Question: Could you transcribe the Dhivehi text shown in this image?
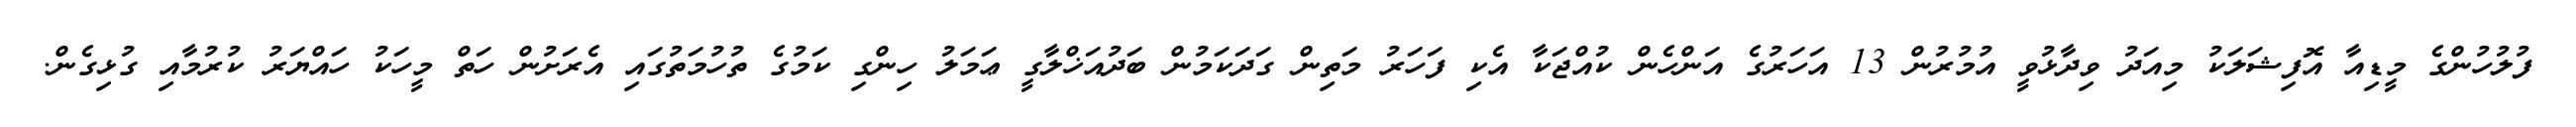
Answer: ފުލުހުންގެ މީޑިއާ އޮފިޝަލަކު މިއަދު ވިދާޅުވީ އުމުރުން 13 އަހަރުގެ އަންހެން ކުއްޖަކާ އެކި ފަހަރު މަތިން ގަދަކަމުން ބަދުއަޚްލާގީ ޢަމަލު ހިންގި ކަމުގެ ތުހުމަތުގައި އެރަށުން ހަތް މީހަކު ހައްޔަރު ކުރުމާއި ގުޅިގެން.